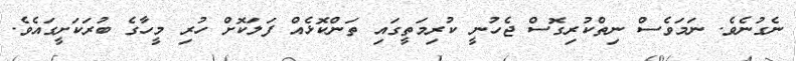
ނެގުނެވެ. ނަމަވެސް ނިތްކުރިގޮސް ޖެހުނީ ކުރިމަތީގައި ތަންކޮޅެއް ފަލަކޮށް ހުރި މީހާގެ ބުރަކަށީގައެވެ.